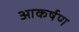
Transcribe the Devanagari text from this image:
आकर्षण्‍ा